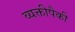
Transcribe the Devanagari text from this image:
व्यक्तीपैकी